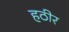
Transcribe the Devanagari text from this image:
हठीर